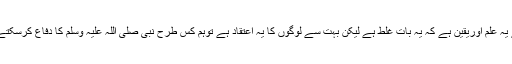
مجھے یہ علم اوریقین ہے کہ یہ بات غلط ہے لیکن بہت سے لوگوں کا یہ اعتقاد ہے توہم کس طرح نبی صلی اللہ علیہ وسلم کا دفاع کرسکتے ہیں ؟